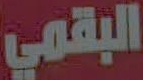
البقمي